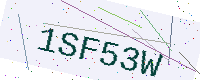
Text: 1SF53W